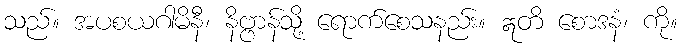
သည်။ အပစယဂါမိနီ၊ နိဗ္ဗာန်သို့ ရောက်စေသနည်း။ ဣတိ စောဒနံ၊ ကို။